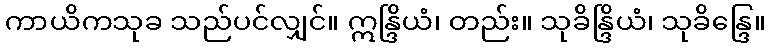
ကာယိကသုခ သည်ပင်လျှင်။ ဣန္ဒြိယံ၊ တည်း။ သုခိန္ဒြိယံ၊ သုခိန္ဒြေ။